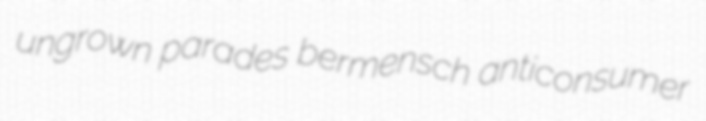
ungrown parades bermensch anticonsumer